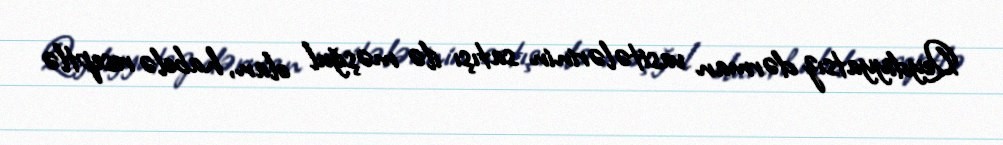
Qeydiyyatsız dərman vasitələrinin satışı ilə məşğul olan, habelə reseptlə